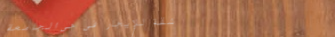
شقة للإيجار في حي الجامعة